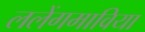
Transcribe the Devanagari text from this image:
ललेंगमाविया